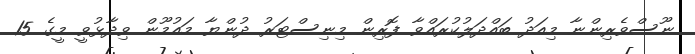
ނޫސްވެރިންނާ މިއަދު ބައްދަލުކުރައްވާ ފޮރިން މިނިސްޓަރު ދުންޔާ މައުމޫން ވިދާޅުވީ މީގެ 15